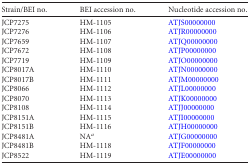
<table><thead><tr><td><b>Strain/BEI no.</b></td><td><b>BEI accession no.</b></td><td><b>Nucleotide accession no.</b></td></tr></thead><tbody><tr><td>JCP7275</td><td>HM-1105</td><td>ATJS00000000</td></tr><tr><td>JCP7276</td><td>HM-1106</td><td>ATJR00000000</td></tr><tr><td>JCP7659</td><td>HM-1107</td><td>ATJQ00000000</td></tr><tr><td>JCP7672</td><td>HM-1108</td><td>ATJP00000000</td></tr><tr><td>JCP7719</td><td>HM-1109</td><td>ATJO00000000</td></tr><tr><td>JCP8017A</td><td>HM-1110</td><td>ATJN00000000</td></tr><tr><td>JCP8017B</td><td>HM-1111</td><td>ATJM00000000</td></tr><tr><td>JCP8066</td><td>HM-1112</td><td>ATJL00000000</td></tr><tr><td>JCP8070</td><td>HM-1113</td><td>ATJK00000000</td></tr><tr><td>JCP8108</td><td>HM-1114</td><td>ATJJ00000000</td></tr><tr><td>JCP8151A</td><td>HM-1115</td><td>ATJI00000000</td></tr><tr><td>JCP8151B</td><td>HM-1116</td><td>ATJH00000000</td></tr><tr><td>JCP8481A</td><td>NA<sup>a</sup></td><td>ATJG00000000</td></tr><tr><td>JCP8481B</td><td>HM-1118</td><td>ATJF00000000</td></tr><tr><td>JCP8522</td><td>HM-1119</td><td>ATJE00000000</td></tr></tbody></table>